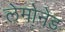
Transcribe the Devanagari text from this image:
लेमोनेड